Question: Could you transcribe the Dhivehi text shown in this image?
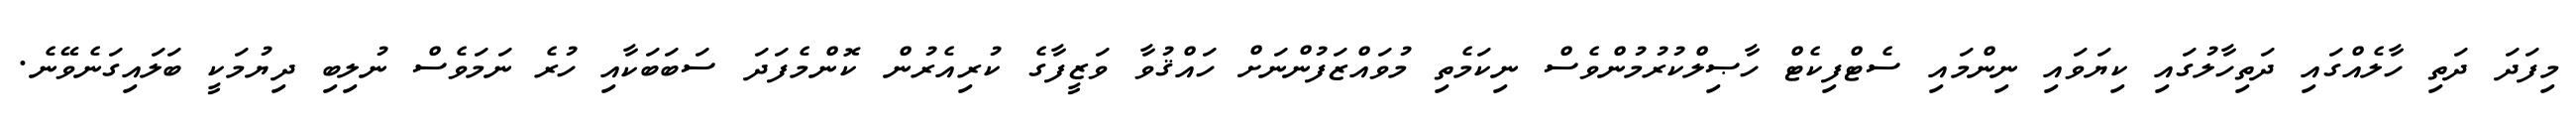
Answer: މިފަދަ ދަތި ހާލެއްގައި ދަތިހާލުގައި ކިޔަވައި ނިންމައި ސެޓްފިކެޓް ހާޞިލްކުރުމުންވެސް ނިކަމެތި މުވައްޒަފުންނަށް ހައްޤުވާ ވަޒީފާގެ ކުރިއެރުން ކޮންމެފަދަ ސަބަބަކާއި ހުރެ ނަމަވެސް ނުލިބި ދިޔުމަކީ ބަލައިގަނެވޭނެ.